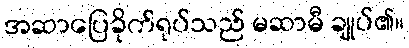
အဆာပြေခိုက်ရုပ်သည် မဆာမီ ချုပ်၏။